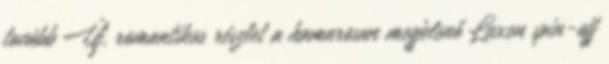
tovább Új, romantikus részlet a hamarosan megjelenő Luxen spin-off